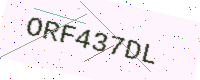
Text: ORF437DL